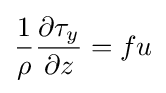
{\frac {1}{\rho }}{\frac {\partial \tau _{y}}{\partial z}}=fu